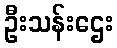
ဦးသန်းဌေး